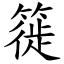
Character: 簁